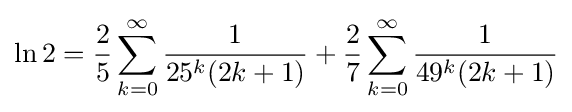
\ln 2={\frac {2}{5}}\sum _{k=0}^{\infty }{\frac {1}{25^{k}(2k+1)}}+{\frac {2}{7}}\sum _{k=0}^{\infty }{\frac {1}{49^{k}(2k+1)}}